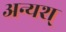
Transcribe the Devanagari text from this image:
अन्यश्